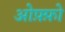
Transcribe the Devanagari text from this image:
ओफ़्फ़ो